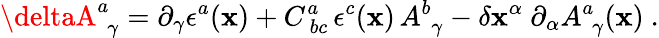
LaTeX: \deltaA_{\, \ \gamma}^{a}=\partial_{\gamma}\epsilon^{a}(\mathbf{x})+C_{\ bc}^{a}\, \epsilon^{c}(\mathbf{x})\, A_{\, \ \gamma}^{b}-\delta\mathbf{x}^{\alpha}\ \partial_{\alpha}A_{\, \ \gamma}^{a}(\mathbf{x})\ .